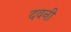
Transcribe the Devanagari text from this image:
दवनी